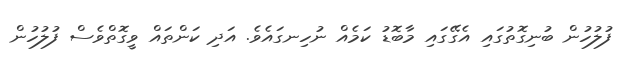
ފުލުހުން ބުނިގޮތުގައި އެގޭގައި މާބޮޑު ކަމެއް ނުހިނގައެވެ. އަދި ކަންތައް ވީގޮތްވެސް ފުލުހުން